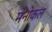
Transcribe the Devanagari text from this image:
मेनोकल